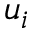
u _ { i }